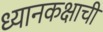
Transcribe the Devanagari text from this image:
ध्यानकक्षाची